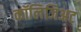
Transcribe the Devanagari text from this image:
कॉलिजिअट